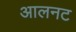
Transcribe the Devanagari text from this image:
आलनट